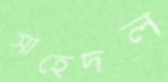
সাহেদল